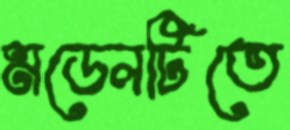
মডেলটিতে